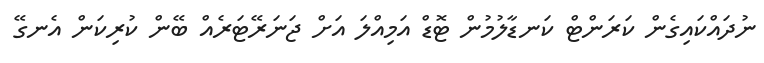
ނުދައްކައިގެން ކަރަންޓް ކަނޑާލުމުން ޓޮޑް އަމިއްލަ އަށް ޖަނަރޭޓަރެއް ބޭން ކުރިކަން އެނގޭ